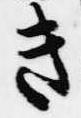
き